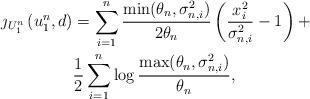
LaTeX: \begin{align*}\jmath_{U_1^n}\left(u_1^n, d\right) & = \sum_{i = 1}^n \frac{\min(\theta_n, \sigma_{n, i}^2)}{2\theta_n}\left(\frac{x_i^2}{\sigma_{n,i}^2} - 1\right) + \\&\frac{1}{2}\sum_{i = 1}^n \log\frac{\max(\theta_n, \sigma_{n, i}^2)}{\theta_n}, \end{align*}